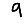
Digit: 9